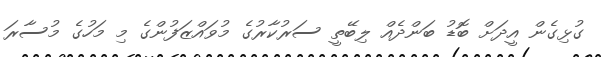
ގުޅިގެން އީދަށް ބޮޑު ބަންދެއް ލިބޭތީ ސަރުކާރުގެ މުވައްޒަފުންގެ މި މަހުގެ މުސާރަ